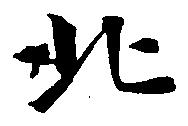
北